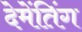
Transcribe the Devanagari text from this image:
देमेंतिंग